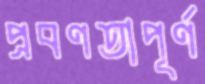
প্রবণতাপূর্ণ